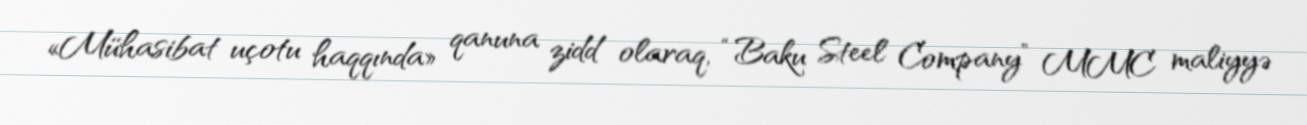
«Mühasibat uçotu haqqında» qanuna zidd olaraq, “Baku Steel Company” MMC maliyyə